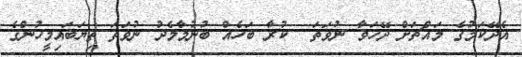
އެދޭކަމުގެ މައްޗަށް ދޭހަވާ ނުވަތަ  ކުރާ ބަހެއް ބުނުމާމެދު ނުވަތަ ތިޔަބައިމީހުންގެ